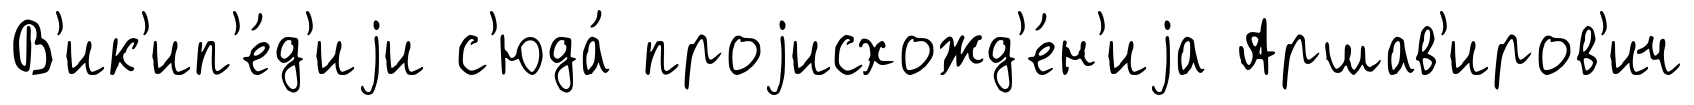
В'ик'ип'е́д'иjи с'юда́ проjисхожд'е́н'иjа Аршав'иров'ич